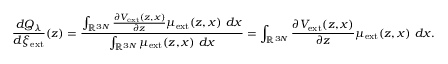
\frac { d Q _ { \lambda } } { d \xi _ { \mathrm { e x t } } } ( z ) = \frac { \int _ { \mathbb { R } ^ { 3 N } } \frac { \partial V _ { \mathrm { e x t } } ( z , x ) } { \partial z } \mu _ { \mathrm { e x t } } ( z , x ) \ d x } { \int _ { \mathbb { R } ^ { 3 N } } \mu _ { \mathrm { e x t } } ( z , x ) \ d x } = \int _ { \mathbb { R } ^ { 3 N } } \frac { \partial V _ { \mathrm { e x t } } ( z , x ) } { \partial z } \mu _ { \mathrm { e x t } } ( z , x ) \ d x .